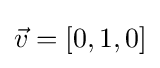
{\vec {v}}=[0,1,0]